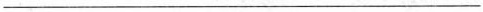
___